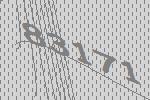
83171